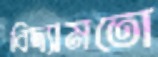
বিদ্যামতো